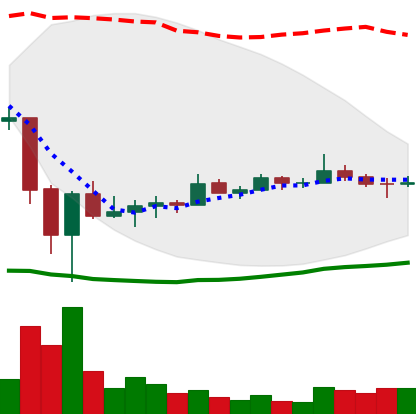
Ticker: TRX-USD
Chart end date: 2022-07-01
Forward return: 4.068%
Label: up_3_5